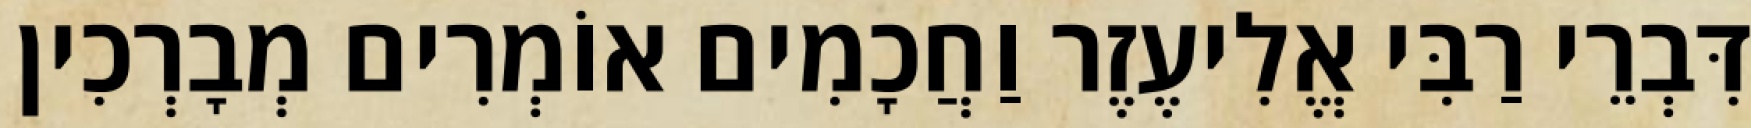
דִּבְרֵי רַבִּי אֱלִיעֶזֶר וַחֲכָמִים אוֹמְרִים מְבָרְכִין